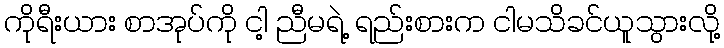
ကိုရီးယား စာအုပ်ကို ငါ့ ညီမရဲ့ ရည်းစားက ငါမသိခင်ယူသွားလို့